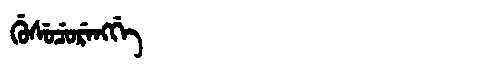
Manchu: ᡤᡠᠰᡠᠴᡠᡵᡝᠩᡤᡝ
Romanization: GUSUCURENGGE